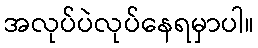
အလုပ်ပဲလုပ်နေရမှာပါ။